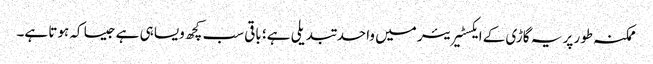
ممکنہ طور پر یہ گاڑی کے ایکسٹیریئر میں واحد تبدیلی ہے؛ باقی سب کچھ ویسا ہی ہے جیسا کہ ہوتا ہے۔